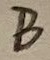
Text: B